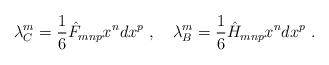
LaTeX: \begin{align*}\lambda^m_C = \frac{1}{6} \hat F_{mnp} x^n dx^p\ ,\quad \lambda^m_B =\frac{1}{6} \hat H_{mnp} x^n dx^p\ .\end{align*}